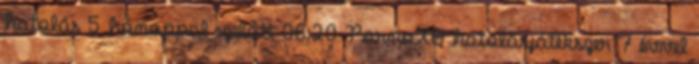
hatolás 5 hónappal ezelőtt 06:20 PornoXO hatolásjátékszer 7 évvel